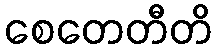
စေတေတီတိ